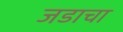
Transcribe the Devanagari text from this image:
जडाचा